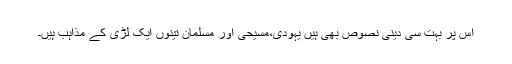
اس پر بہت سی دینی نصوص بھی ہیں یہودی،مسیحی اور مسلمان تینوں ایک لڑی کے مذاہب ہیں۔